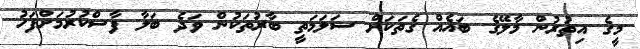
މީގެ އިތުރުން މާލޭގެ ބައެއް ގެތަކަށް ސަލަމަތީ ބާރުތަކުން ވަދެ ބަލާ ފާސްކުރުމަށްފަހު